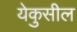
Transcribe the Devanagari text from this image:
येकुसील